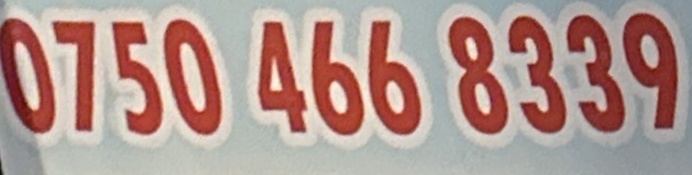
0750 466 8339